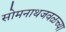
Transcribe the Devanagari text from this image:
सोमनाथजवळच्या